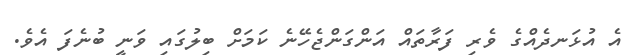
އެ އުޅަނދެއްގެ ވެރި ފަރާތައް އަންގަންޖެހޭނެ ކަމަށް ބިލުގައި ވަނީ ބުނެފަ އެވެ.